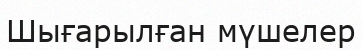
Шығарылған мүшелер